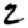
Digit: 2